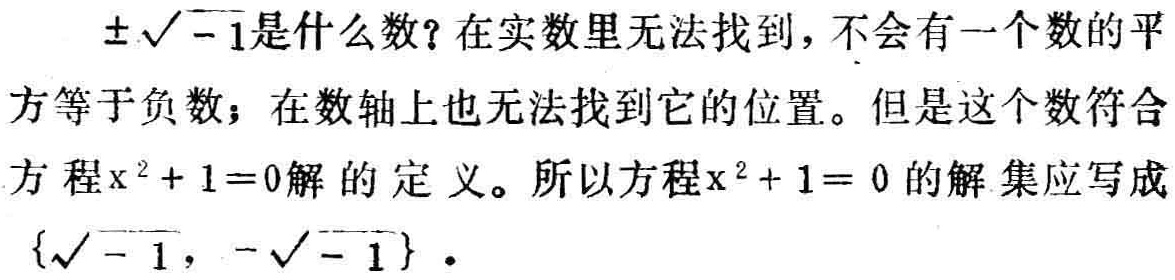
$\pm\sqrt{-1}$是什么数？在实数里无法找到，不会有一个数的平方等于负数；在数轴上也无法找到它的位置。但是这个数符合方程$x^{2}+1 = 0$解的定义。所以方程$x^{2}+1 = 0$的解集应写成$\{\sqrt{-1}, -\sqrt{-1}\}$。